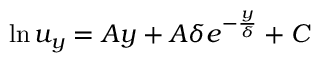
\ln u _ { y } = A y + A \delta e ^ { - \frac { y } { \delta } } + C